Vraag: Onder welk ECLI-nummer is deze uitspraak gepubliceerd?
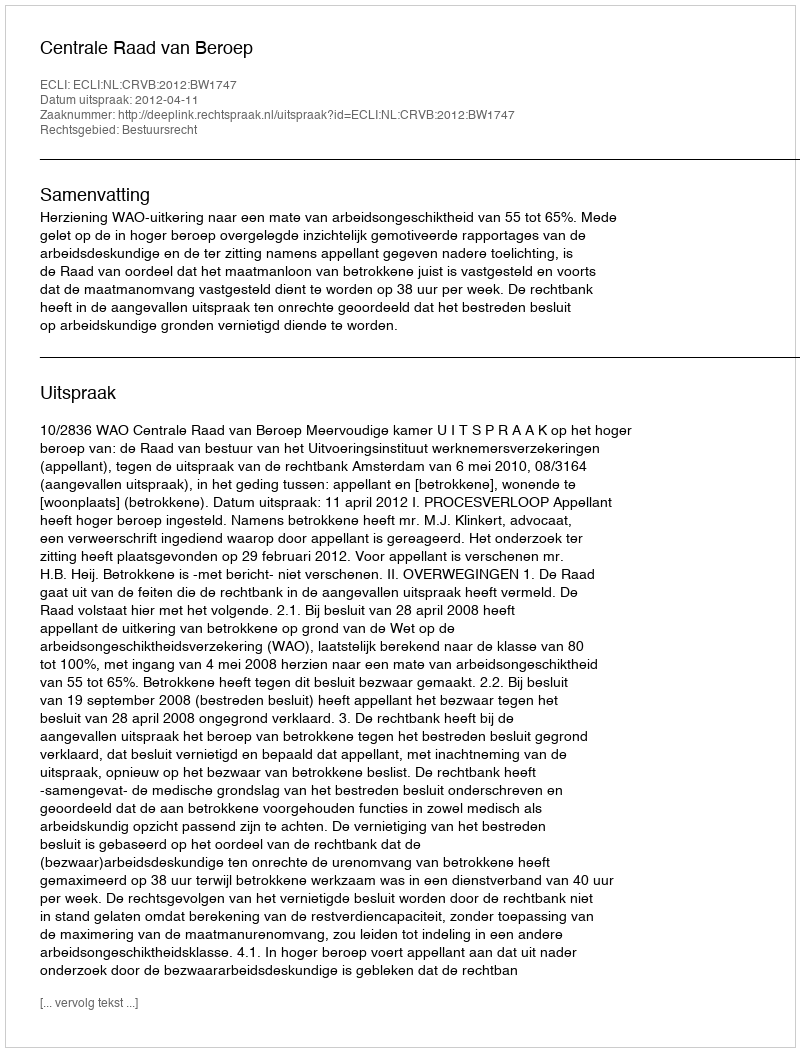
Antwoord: ECLI:NL:CRVB:2012:BW1747